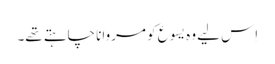
‏ اِس لیے وہ یسوع کو مروانا چاہتے تھے۔